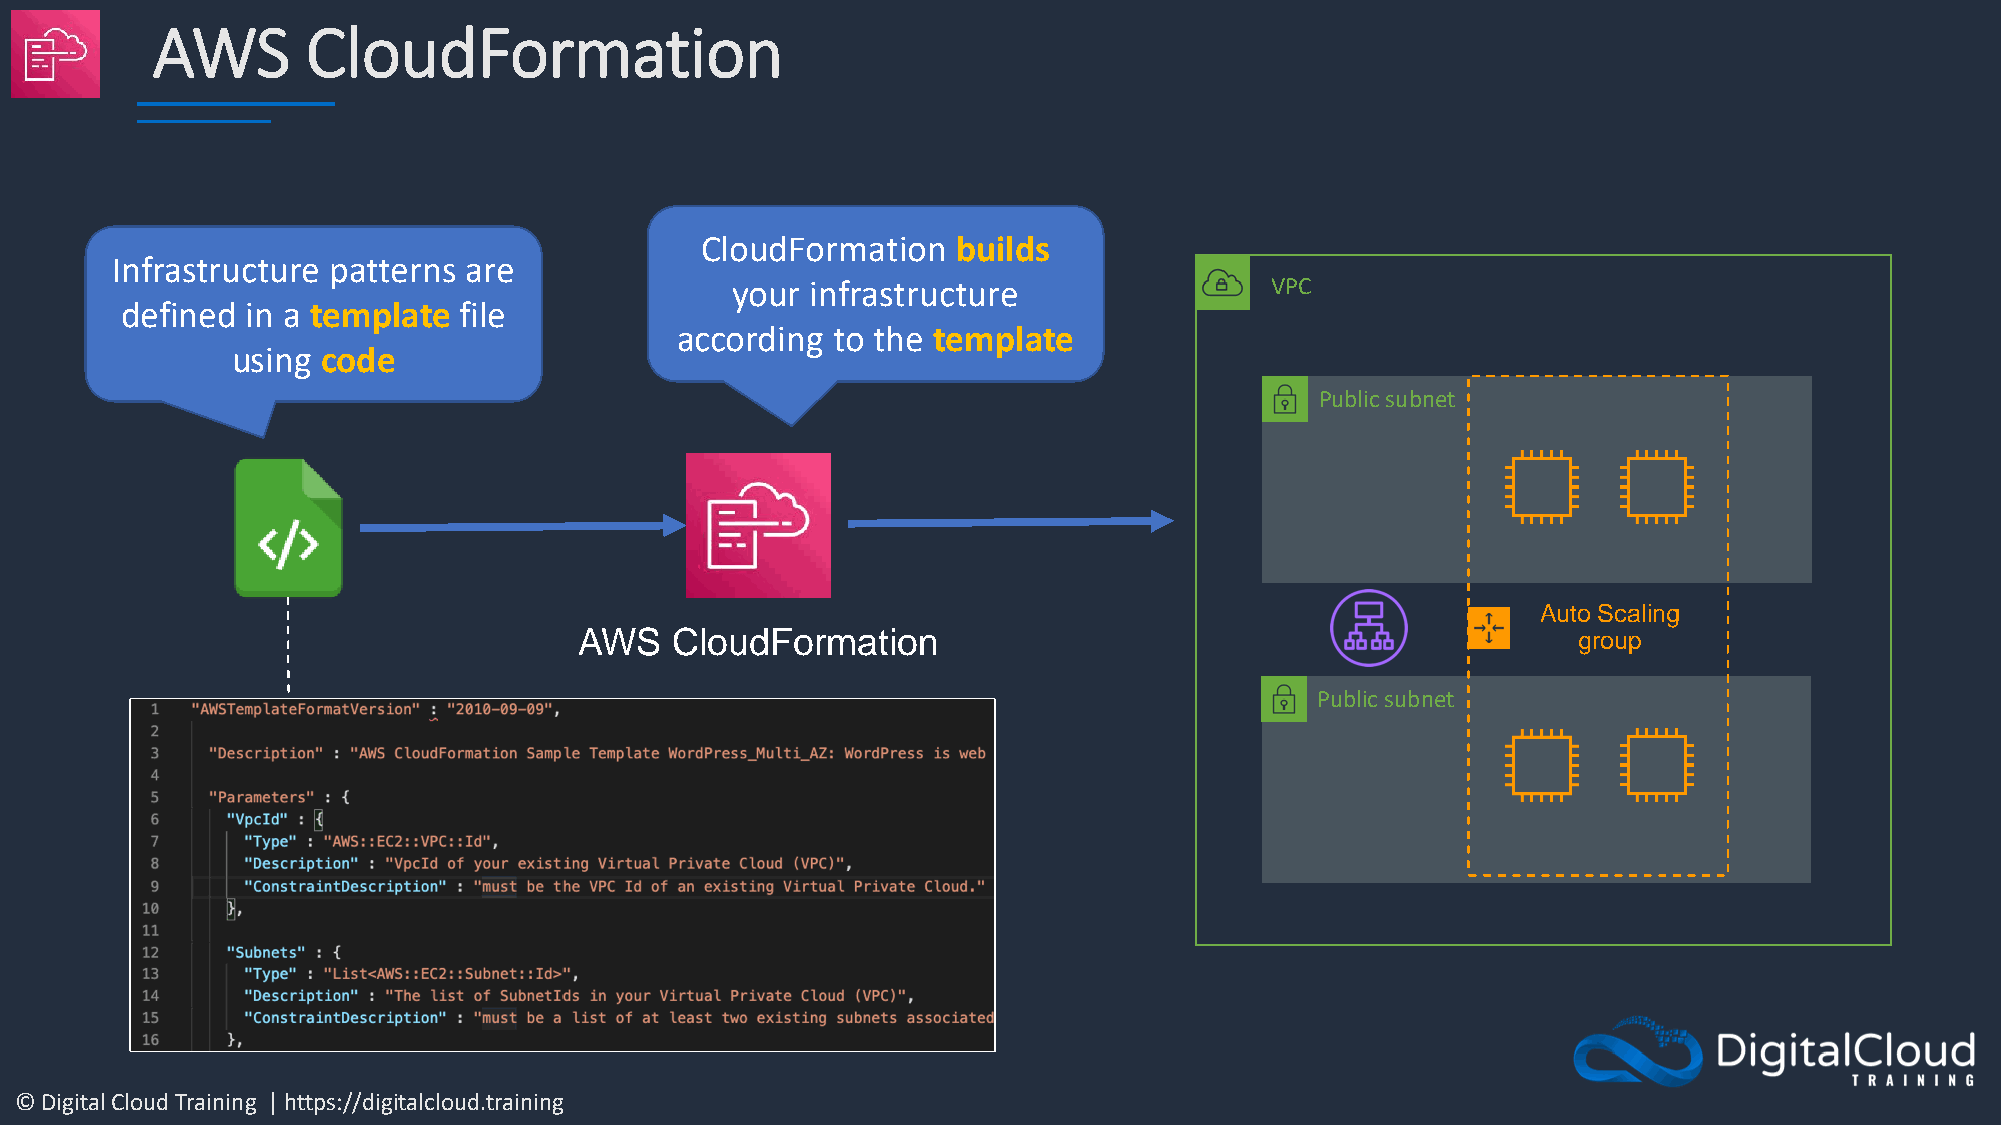
AWS       CloudFormation
 CloudFormation   builds
 Infrastructure patterns are
 your  infrastructure                VPC
 defined in a template file
 according to the template
 using code
 Public subnet
 Auto Scaling
 AWS   CloudFormation                                              group
 Public subnet
 © Digital Cloud Training | https://digitalcloud.training